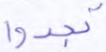
تجدوا